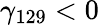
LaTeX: \gamma_{129}<0